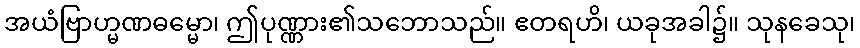
အယံဗြာဟ္မဏဓမ္မော၊ ဤပုဏ္ဏား၏သဘောသည်။ ဧတရဟိ၊ ယခုအခါ၌။ သုနခေသု၊